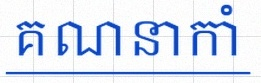
គណនាកាំ